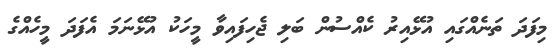
މިފަދަ ތަނެއްގައި އުޅޭއިރު ކެއްސުން ބަލި ޖެހިފައިވާ މީހަކު އުޅޭނަމަ އެފަދަ މީހެއްގެ